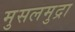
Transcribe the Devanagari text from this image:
मुसलमुद्रा